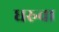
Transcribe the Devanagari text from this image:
धरुवा